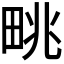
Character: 𤱩